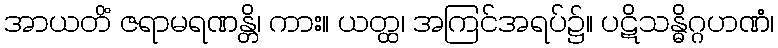
အာယတိံ ဇရာမရဏန္တိ၊ ကား။ ယတ္ထ၊ အကြင်အရပ်၌။ ပဋိသန္ဓိဂ္ဂဟဏံ၊